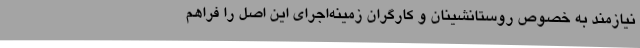
نیازمند به خصوص روستانشینان و کارگران زمینه‌اجرای این اصل را فراهم